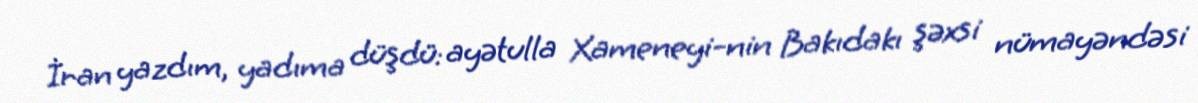
İran yazdım, yadıma düşdü: ayətulla Xameneyi-nin Bakıdakı şəxsi nümayəndəsi